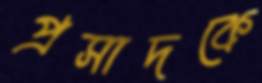
প্রসাদকে